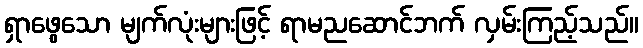
ရှာဖွေသော မျက်လုံးများဖြင့် ရာမညဆောင်ဘက် လှမ်းကြည့်သည်။